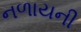
નળાયની